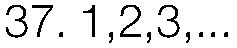
37. 1,2,3,...